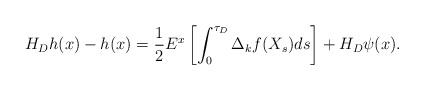
LaTeX: \begin{align*}H_Dh(x)-h(x) = \frac 12 E^x\left[\int_0^{\tau_D}\Delta_kf(X_s)ds\right]+H_D\psi(x).\end{align*}